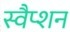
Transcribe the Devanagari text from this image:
स्वैप्शन